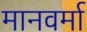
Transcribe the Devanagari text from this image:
मानवर्मा